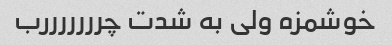
خوشمزه ولی به شدت چرررررررب